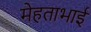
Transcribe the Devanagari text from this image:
मेहताभाई